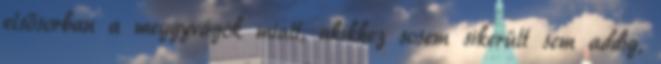
elsősorban a meggyvágók miatt, akikhez sosem sikerült sem addig,